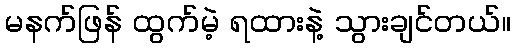
မနက်ဖြန် ထွက်မဲ့ ရထားနဲ့ သွားချင်တယ်။